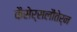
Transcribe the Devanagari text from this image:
कैसेर्सलौतेर्न